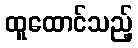
ထူထောင်သည့်